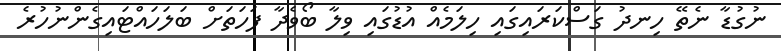
ނުގުޑާ ނެތޭ ހިނދު ގަސްކަރައިގައި ހިލަމެއް އުޑުގައި ވިލާ ބޯވެދާ ފަހަތަށް ބަލަހައްޓައިގެންނުހުރެ